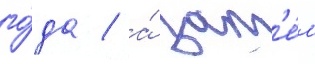
го́да / а́ зат'е́м